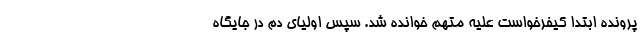
پرونده ابتدا کیفرخواست علیه متهم خوانده شد. سپس اولیای دم در جایگاه